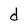
Character: d